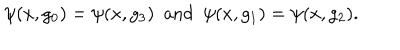
LaTeX: \psi ( x , g _ { 0 } ) = \psi ( x , g _ { 3 } ) \mathrm { \ \ a n d \ \ } \psi ( x , g _ { 1 } ) = \psi ( x , g _ { 2 } ) .